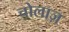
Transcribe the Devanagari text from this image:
चोलाज़